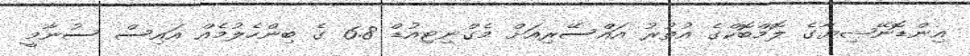
އިންޑޮނޭޝިޔާގެ ލޮމްބޮކްގެ އުތުރު އައްސޭރިއަށް މެގްނިޓިއުޑް 6.8 ގެ ބިންހެލުމެއް އައިސް ސުނާމީ